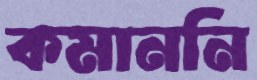
কমাননি